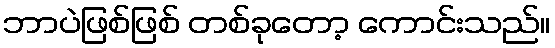
ဘာပဲဖြစ်ဖြစ် တစ်ခုတော့ ကောင်းသည်။